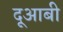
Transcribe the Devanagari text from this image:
दूआबी